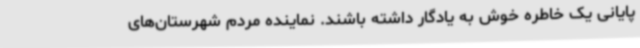
پایانی یک خاطره خوش به یادگار داشته باشند. نماینده مردم شهرستان‌های